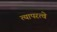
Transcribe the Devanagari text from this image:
त्यापरत्वे